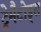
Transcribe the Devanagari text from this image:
ट्रेमैटोड्स